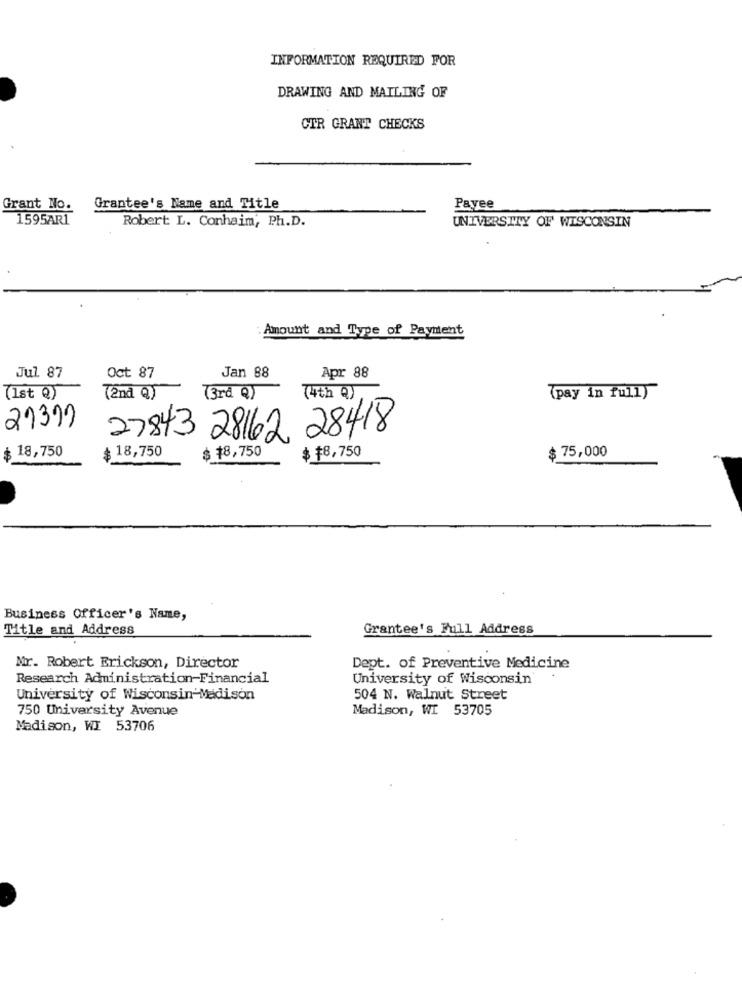
INFORMATION REQUIRED FOR
DRAWING AND MAILING OF
CTR GRANT CHECKS
Grant No.
Grantee's Name and Title
Payee
1595AR1
Robert L. Conhaim, Ph.D.
UNIVERSITY OF WISCONSIN
: Amount and Type of Payment
Jan 88
Apr 88
Jul. 87
Oct 87
(Ist Q)
(2nd Q)
(3rd Q)
(4th Q),
Tpay in fully
21391
27843 28162 28418
18,750
$ 75,000
$ 18,750
$ $8,750
$ #8,750
Business Officer's Name,
Title and Address
Grantee's Full Address
Nr. Robert Erickson, Director
Dept. of Preventive Medicine
Research Administration-Financial
University of Wisconsin
University of Wisconsin-Madison
504 N. Walnut Street
750 University Avenue
Madison, WI 53705
Madison, WI 53706